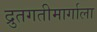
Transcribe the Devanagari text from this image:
द्रुतगतीमार्गाला